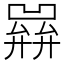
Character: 𢍭